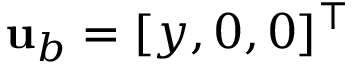
\mathbf { u } _ { b } = [ y , 0 , 0 ] ^ { \top }